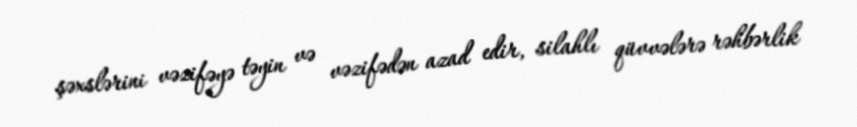
şəxslərini vəzifəyə təyin və vəzifədən azad edir, silahlı qüvvələrə rəhbərlik